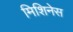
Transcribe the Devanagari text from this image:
मिशिनेस